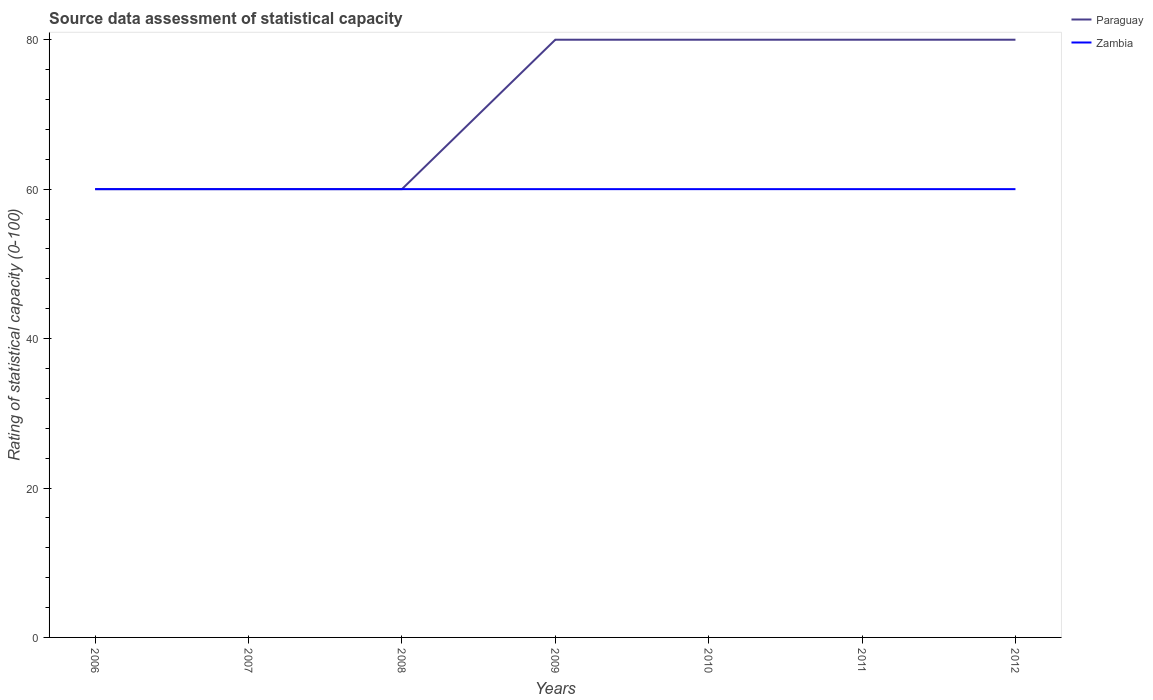
| Years | Paraguay | Zambia |
 | --- | --- | --- |
 | 2006 | 60 | 60 |
 | 2007 | 60 | 60 |
 | 2008 | 60 | 60 |
 | 2009 | 80 | 60 |
 | 2010 | 80 | 60 |
 | 2011 | 80 | 60 |
 | 2012 | 80 | 60 |